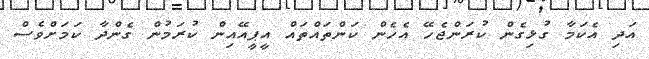
އަދި އެކަމާ ގުޅިގެން ކުރަންޖެހޭ އެހެން ކަންތައްތައް އީޕީއޭއިން ކުރަމުން ގެންދާ ކަމަށްވެސް